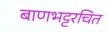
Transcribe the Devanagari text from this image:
बाणभट्टरचित